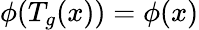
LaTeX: \phi(T_{g}(x))=\phi(x)